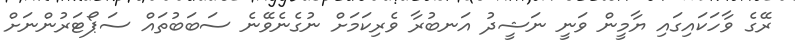
ރޭގެ ވާހަކައިގައި ޔާމީން ވަނީ ނަޝީދު އަނބުރާ ވެރިކަމަށް ނުގެނެވޭނެ ސަބަބުތައް ސަޕޯޓަރުންނަށް